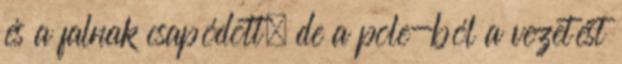
és a falnak csapódott, de a pole-ból a vezetést